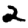
Digit: 2